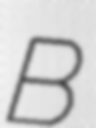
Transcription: B